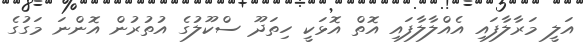
އަލީ މަރާލާފައި އެއްލާލާފައި އޮތް އޮޅަކީ ހިތަދޫ ސްކޫލުގެ އުތުރުން އޮންނަ މަގުގެ